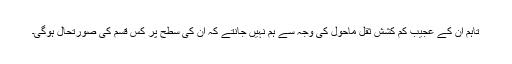
تاہم ان کے عجیب کم کشش ثقل ماحول کی وجہ سے ہم نہیں جانتے کہ ان کی سطح پر کس قسم کی صورتحال ہوگی۔